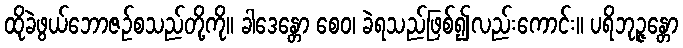
ထိုခဲဖွယ်ဘောဇဉ်စသည်တို့ကို။ ခါဒေန္တော စေဝ၊ ခဲရသည်ဖြစ်၍လည်းကောင်း။ ပရိဘုဉ္ဇန္တော